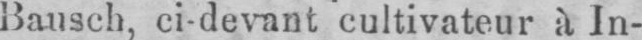
Bausch, ci-devant cultivateur à In-